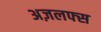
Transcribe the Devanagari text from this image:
अज़लफ्स